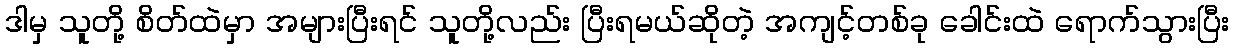
ဒါမှ သူတို့ စိတ်ထဲမှာ အများပြီးရင် သူတို့လည်း ပြီးရမယ်ဆိုတဲ့ အကျင့်တစ်ခု ခေါင်းထဲ ရောက်သွားပြီး